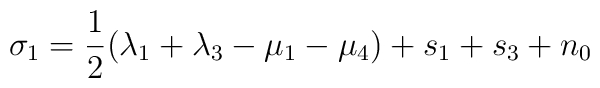
\sigma_1=\frac{1}{2}(\lambda_1+\lambda_3-\mu_1-\mu_4)+s_1+s_3+n_0